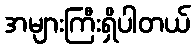
အများကြီးရှိပါတယ်